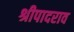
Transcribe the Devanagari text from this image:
श्रीपादराव